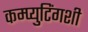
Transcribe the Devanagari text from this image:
कम्प्युटिंगशी